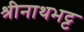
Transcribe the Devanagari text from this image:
श्रीनाथभट्ट